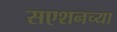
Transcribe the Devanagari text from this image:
सएशनच्या